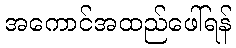
အကောင်အထည်ဖေါ်ရန်